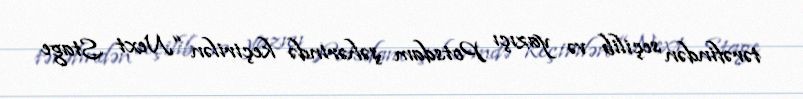
tərəfindən seçilib və yazıçı Potsdam şəhərində keçirilən “Next Stage